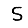
Digit: 5